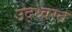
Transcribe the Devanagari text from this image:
उद्‍ध्वस्त